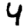
Digit: 4